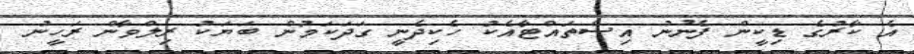
އެ ކާރުގެ ޑިކީން ފެނުނު އިސްތައްޓާއެކު ހެކިދެނީ ގަދަކަމުން ބަޔަކު ރިލްވާން ރަހީނު